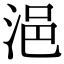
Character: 浥